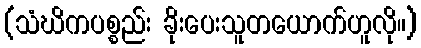
(သံဃိကပစ္စည်း ခိုးပေးသူတယောက်ဟူလို။)